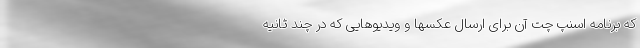
که برنامه اسنپ چت آن برای ارسال عکسها و ویدیوهایی که در چند ثانیه